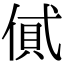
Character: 𠌗